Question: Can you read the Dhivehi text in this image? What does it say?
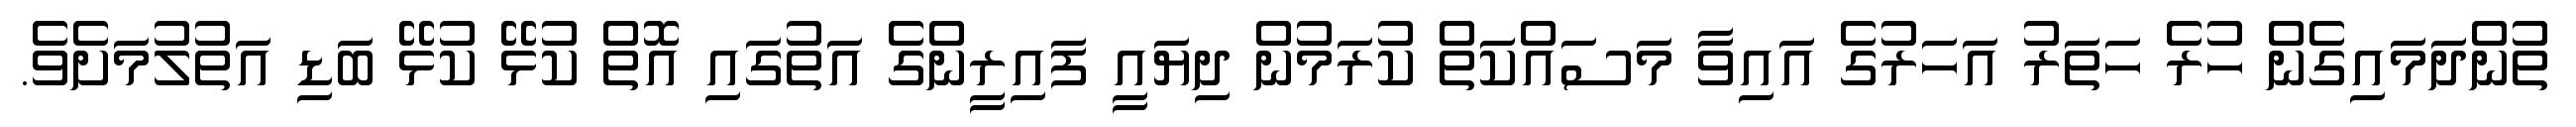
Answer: ތުންދަމައިގެން ހުރެ ހަތަރު އަހަރުގެ އައިވާ މަސައްކަތް ކުރަމުން ދިޔައީ ފައިރީންގެ އަތުގައި އޮތް ކުޅޭ ކުޅޭ ބަޑި އަތުލުމަށެވެ.